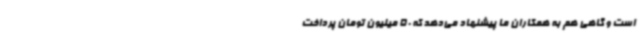
است و گاهی هم به همکاران ما پیشنهاد می‌دهد که 50 میلیون تومان پرداخت